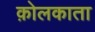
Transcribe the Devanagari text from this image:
क़ोलकाता